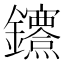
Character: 𨰔